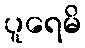
ပူရေမိ